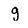
Character: g